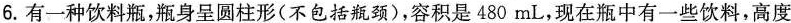
6.有一种饮料瓶，瓶身呈圆柱形(不包括瓶颈)，容积是480mL，现在瓶中有一些饮料，高度